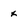
Character: x